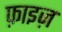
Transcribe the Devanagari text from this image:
फ़ाइज़